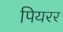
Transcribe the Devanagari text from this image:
पियरर